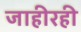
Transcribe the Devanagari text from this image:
जाहीरही